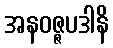
အနဝဇ္ဇပဒါနိ